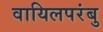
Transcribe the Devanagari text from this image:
वायिलपरंबु